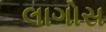
લાગોસ